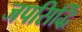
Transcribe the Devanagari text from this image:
जपसिद्धिं